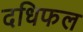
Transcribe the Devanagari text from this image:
दधिफल